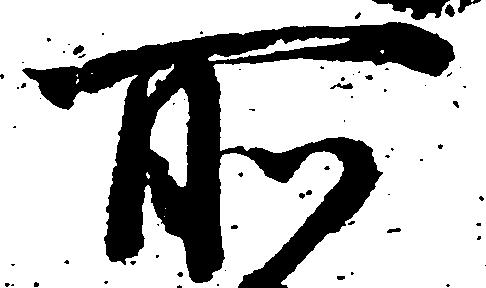
所